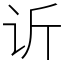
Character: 䜣